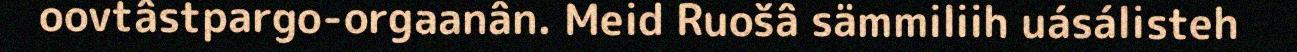
oovtâstpargo-orgaanân. Meid Ruošâ sämmiliih uásálisteh